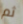
ثم